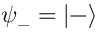
{ \boldsymbol { \psi } } _ { - } = | - \rangle